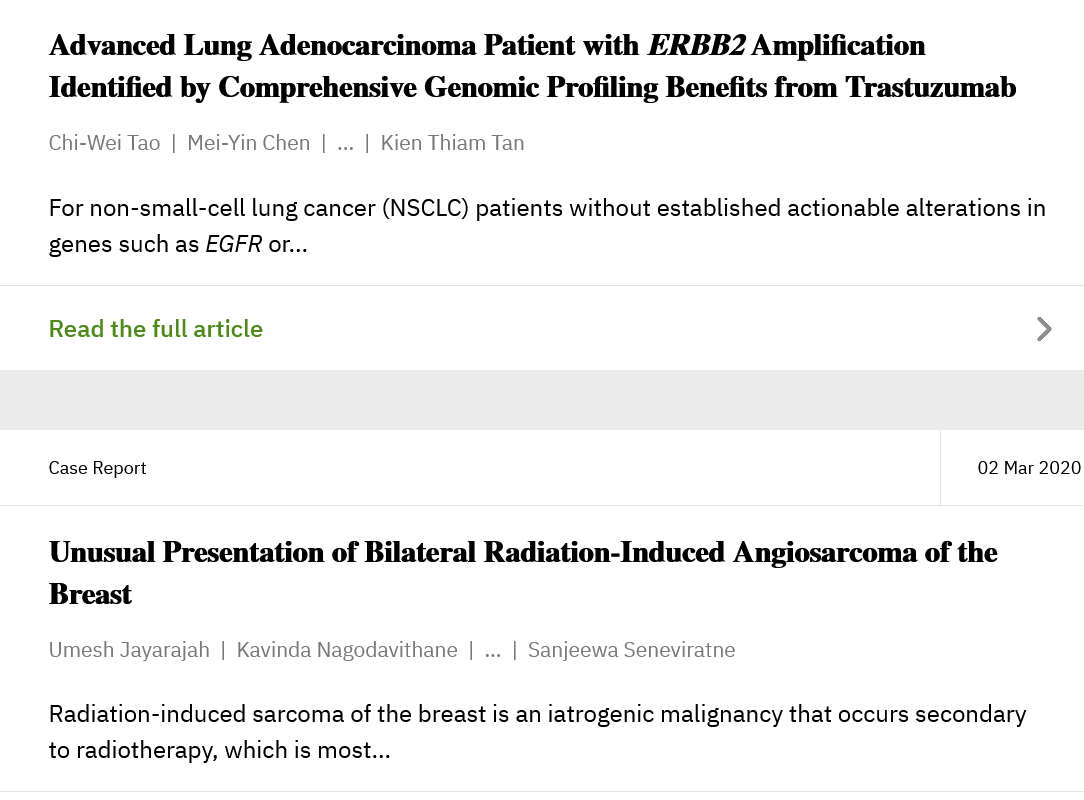
Advanced   Lung  Adenocarcinoma   Patient   with  ERBB2   Amplification
     Identified by Comprehensive    Genomic   Profiling Benefits from  Trastuzumab
     Chi-Wei Tao | Mei-Yin Chen |
     ...
     | Kien Thiam Tan
     Radiation-induced sarcoma of the breast is an iatrogenic malignancy that occurs secondary
     to radiotherapy, which is most...
     For non-small-cell lung cancer (NSCLC) patients without established actionable alterations in
     genes such as EGFR or...
     Read the full article
     Case Report    02 Mar 202C
     Unusual  Presentation  of Bilateral Radiation-Induced    Angiosarcoma  of  the
     Breast
     Umesh Jayarajah | Kavinda Nagodavithane |
     ...
     | Sanjeewa Seneviratne